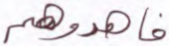
فاهدوهم